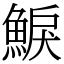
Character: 𩸭